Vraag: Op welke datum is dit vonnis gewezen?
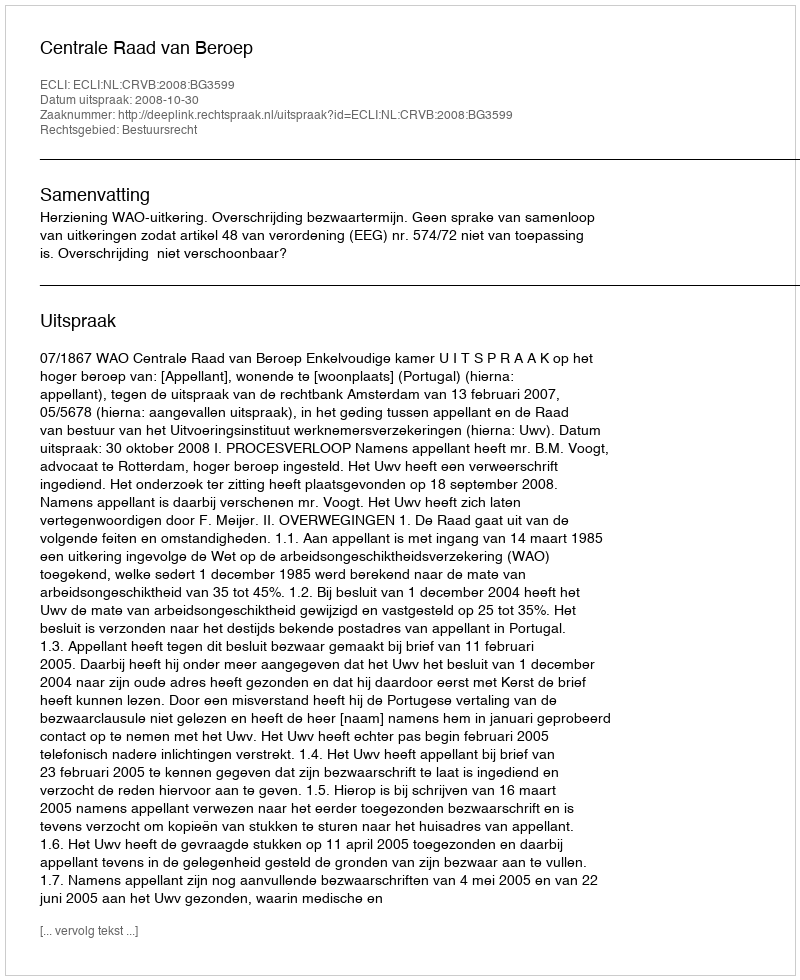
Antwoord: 2008-10-30